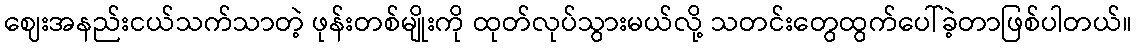
ဈေးအနည်းငယ်သက်သာတဲ့ ဖုန်းတစ်မျိုးကို ထုတ်လုပ်သွားမယ်လို့ သတင်းတွေထွက်ပေါ်ခဲ့တာဖြစ်ပါတယ်။